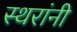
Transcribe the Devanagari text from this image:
स्थरांनी